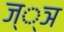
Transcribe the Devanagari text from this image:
ज््ञ